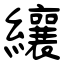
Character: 纕